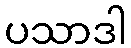
ပသာဒါ